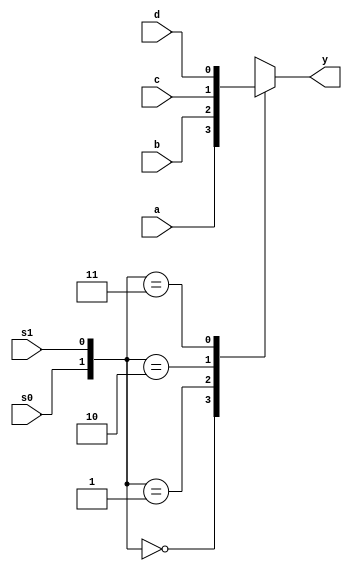
module mux_4_1(a,b,c,d,s0,s1,y);
input wire a,b,c,d;
input wire s0,s1;
output reg y;
always@(*)
begin
case({s0,s1})
2'b00:y =a;
2'b01:y =b;
2'b10:y =c;
2'b11:y =d;
endcase
end
endmodule